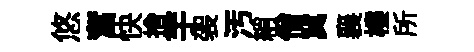
悠奮快捨芋袈汚綃僧冀襄樓所